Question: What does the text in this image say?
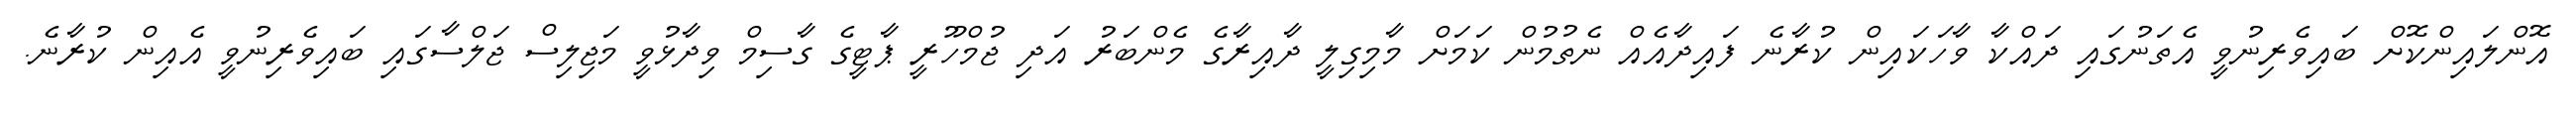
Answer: އޮންލައިންކޮށް ބައިވެރިނުވީ އެތަނުގައި ދައްކާ ވާހަކައިން ކުރާނެ ފައިދާއެއް ނެތުމުން ކަމަށް މާމިގިލީ ދާއިރާގެ މެންބަރު އަދި ޖުމްހޫރީ ޕާޓީގެ ގާސިމް ވިދާޅުވީ މަޖިލިސް ޖަލްސާގައި ބައިވެރިނުވީ އެއިން ކުރާނެ.